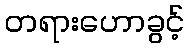
တရားဟောခွင့်